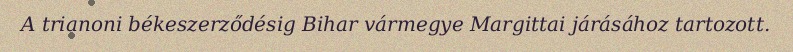
A trianoni békeszerződésig Bihar vármegye Margittai járásához tartozott.